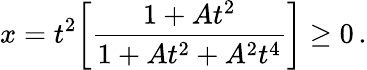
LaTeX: x=t^{2}\bigg[\frac{1+At^{2}}{1+At^{2}+A^{2}t^{4}}\bigg]\geq 0\, .